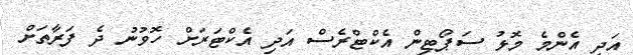
އަދި އެންމެ މޮޅު ސަޕޯޓިން އެކްޓްރެސް އަދި އެކްޓަރަށް ހޮވުނު ދެ ފަރާތަށް